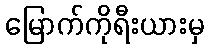
မြောက်ကိုရီးယားမှ